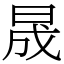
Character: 晟